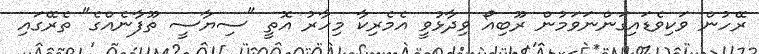
ރޭހުން ވަކިވެޑައިގަންނަވަމުން ރޫބިއޯ ވިދާޅުވީ އެމެރިކާ މިހާރު އޮތީ "ސިޔާސީ ތޫފާނެއްގެ" ތެރޭގައި